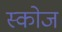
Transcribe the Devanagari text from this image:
स्कोज